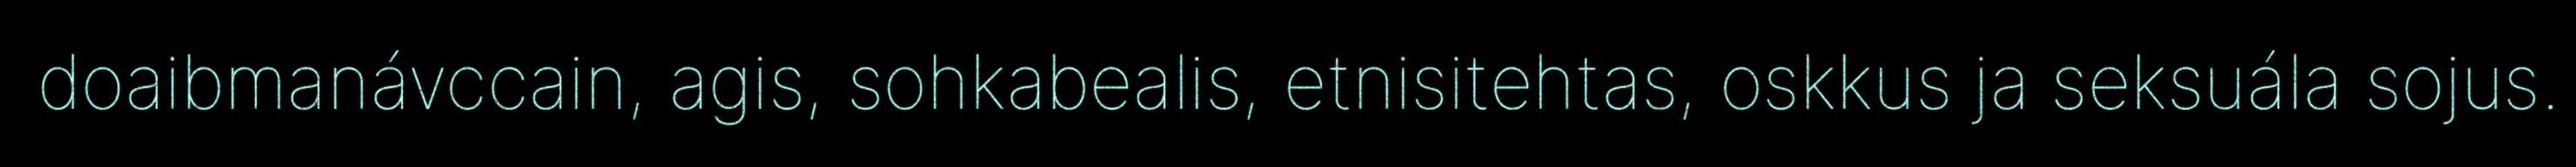
doaibmanávccain, agis, sohkabealis, etnisitehtas, oskkus ja seksuála sojus.